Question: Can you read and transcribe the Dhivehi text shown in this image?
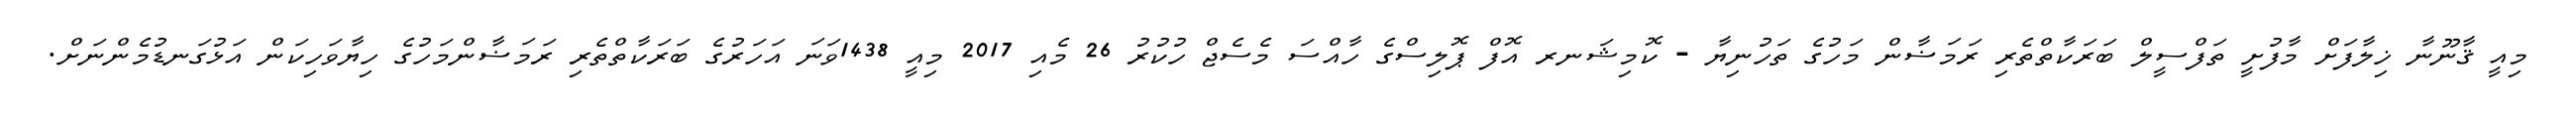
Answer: މިއީ ޤާނޫނާ ޚިލާފަށް މާފުށީ ތަފްސީލް ބަރަކާތްތެރި ރަމަޟާން މަހުގެ ތަހުނިޔާ - ކޮމިޝަނރ އޮފް ޕޮލިސްގެ ހާއްސަ މެސެޖް ހުކުރު 26 މެއި 2017 މިއީ 1438ވަނަ އަހަރުގެ ބަރަކާތްތެރި ރަމަޟާންމަހުގެ ހިޔާވަހިކަން އަޅުގަނޑުމެންނަށް.